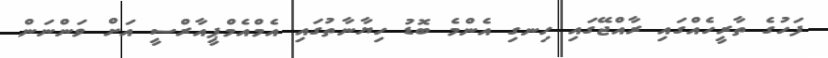
ފަހުގެ ތާރީހެއްގައި ރާއްޖޭގައި ހިނގި އެންމެ ބޮޑު ހިޔާނާތުގައި އެމްއެމްޕީއާރްސީ އަށް ވަންނަން